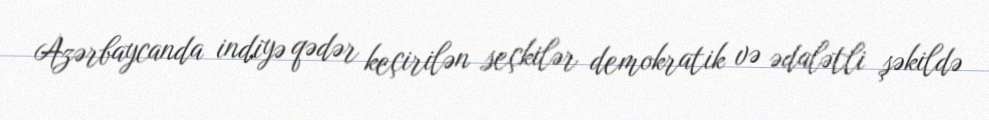
Azərbaycanda indiyə qədər keçirilən seçkilər demokratik və ədalətli şəkildə